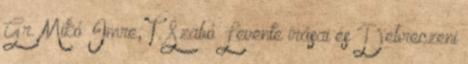
Gr. Mikó Imre, T. Szabó Levente írásai és Debreczeni